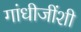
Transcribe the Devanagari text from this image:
गांधीजींशी